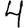
Digit: 4